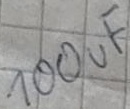
Text: 100uF